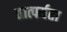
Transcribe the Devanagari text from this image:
तात्पर्यता